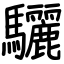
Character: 驪